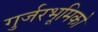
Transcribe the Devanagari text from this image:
गुर्जरभूमिको